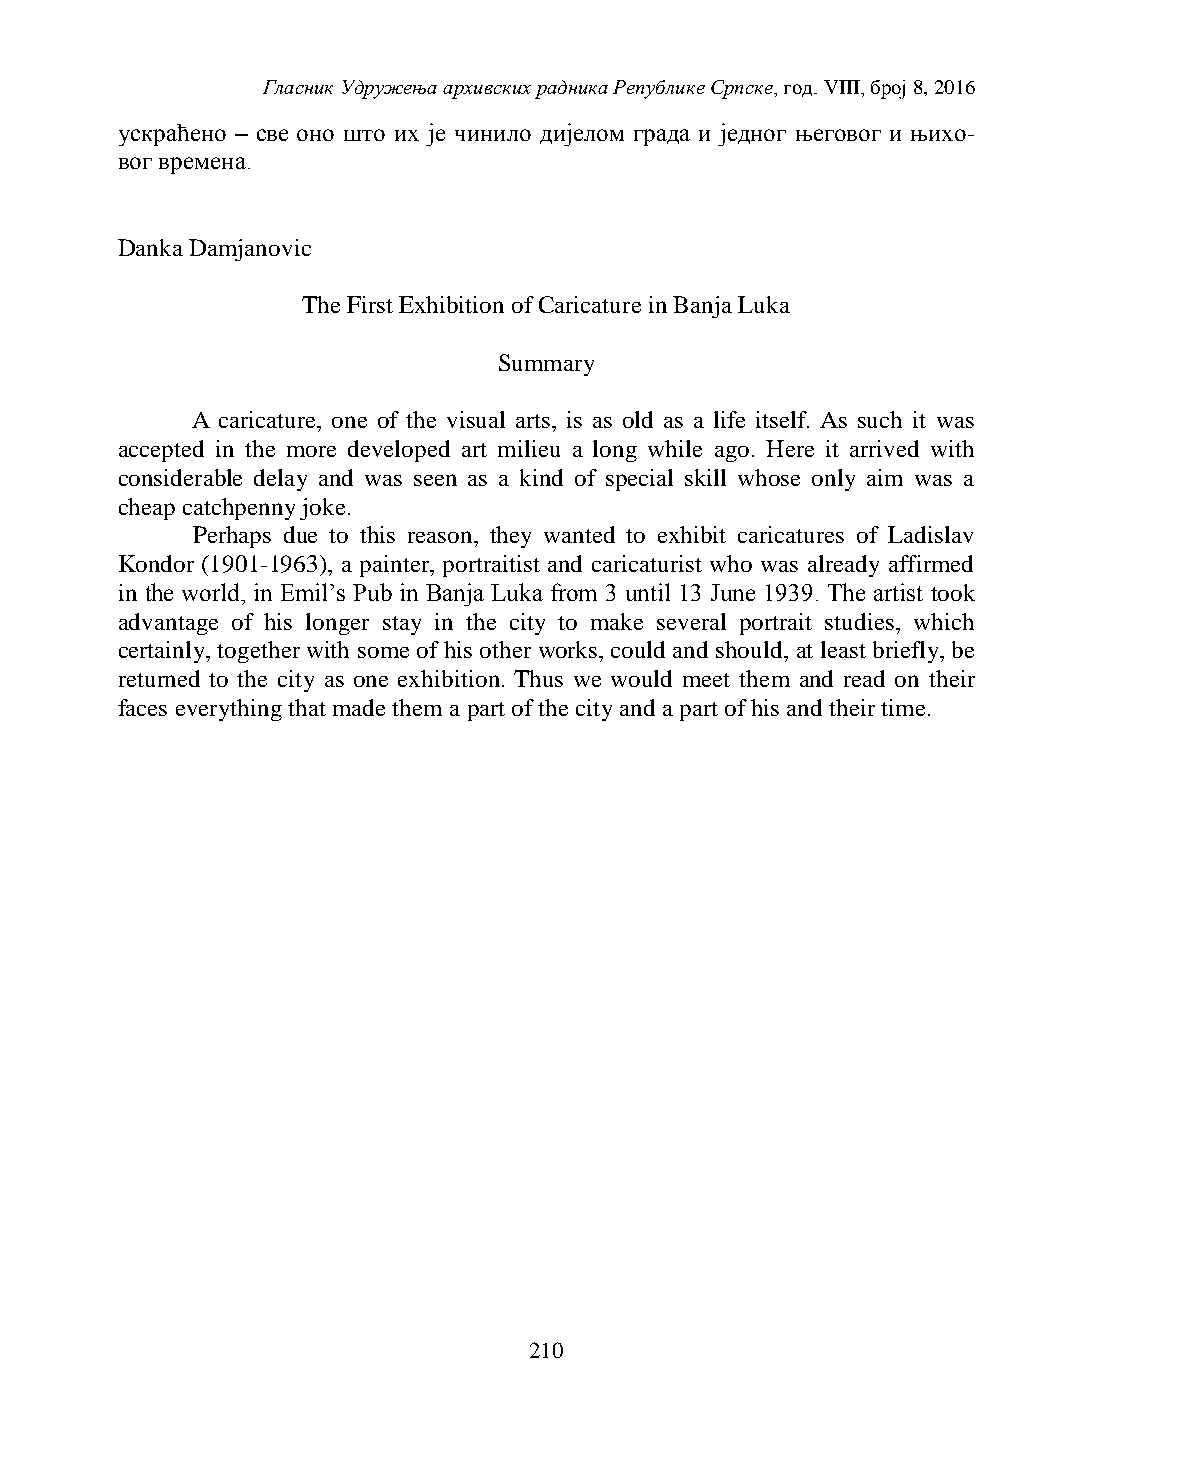
Гласник Удружења архивских радника Републике Српске, год. VIII, број 8, 2016
 ускраћено – све оно што их је чинило дијелом града и једног његовог и њихо-
 вог времена.
 Danka Damjanovic
 The First Exhibition of Caricature in Banja Luka
 Summary
 A caricature, one of the visual arts, is as old as a life itself. As such it was
 accepted in the more developed art milieu a long while ago. Here it arrived with
 considerable delay and was seen as a kind of special skill whose only aim was a
 cheap catchpenny joke.
 Perhaps due to this reason, they wanted to exhibit caricatures of Ladislav
 Kondor (1901-1963), a painter, portraitist and caricaturist who was already affirmed
 in the world, in Emil’s Pub in Banja Luka from 3 until 13 June 1939. The artist took
 advantage of his longer stay in the city to make several portrait studies, which
 certainly, together with some of his other works, could and should, at least briefly, be
 returned to the city as one exhibition. Thus we would meet them and read on their
 faces everything that made them a part of the city and a part of his and their time.
 210